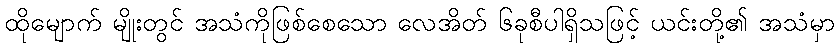
ထိုမျောက် မျိုးတွင် အသံကိုဖြစ်စေသော လေအိတ် ၆ခုစီပါရှိသဖြင့် ယင်းတို့၏ အသံမှာ